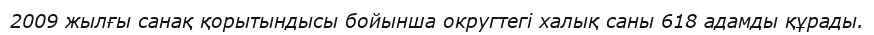
2009 жылғы санақ қорытындысы бойынша округтегі халық саны 618 адамды құрады.